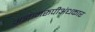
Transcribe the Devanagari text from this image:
अज्ञानरूपीअंधकार